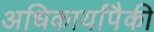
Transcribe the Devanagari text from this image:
अधिकार्यांपैकी